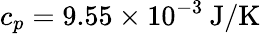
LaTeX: c_{p}=9.55\times 10^{-3}\: \mathrm{J/K}